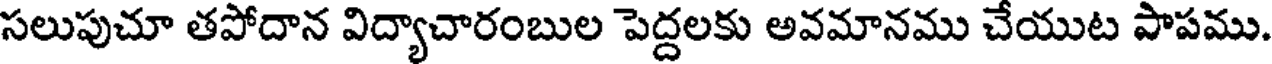
సలుపుచూ తపోదాన విద్యాచారంబుల పెద్దలకు అవమానము చేయుట పాపము.